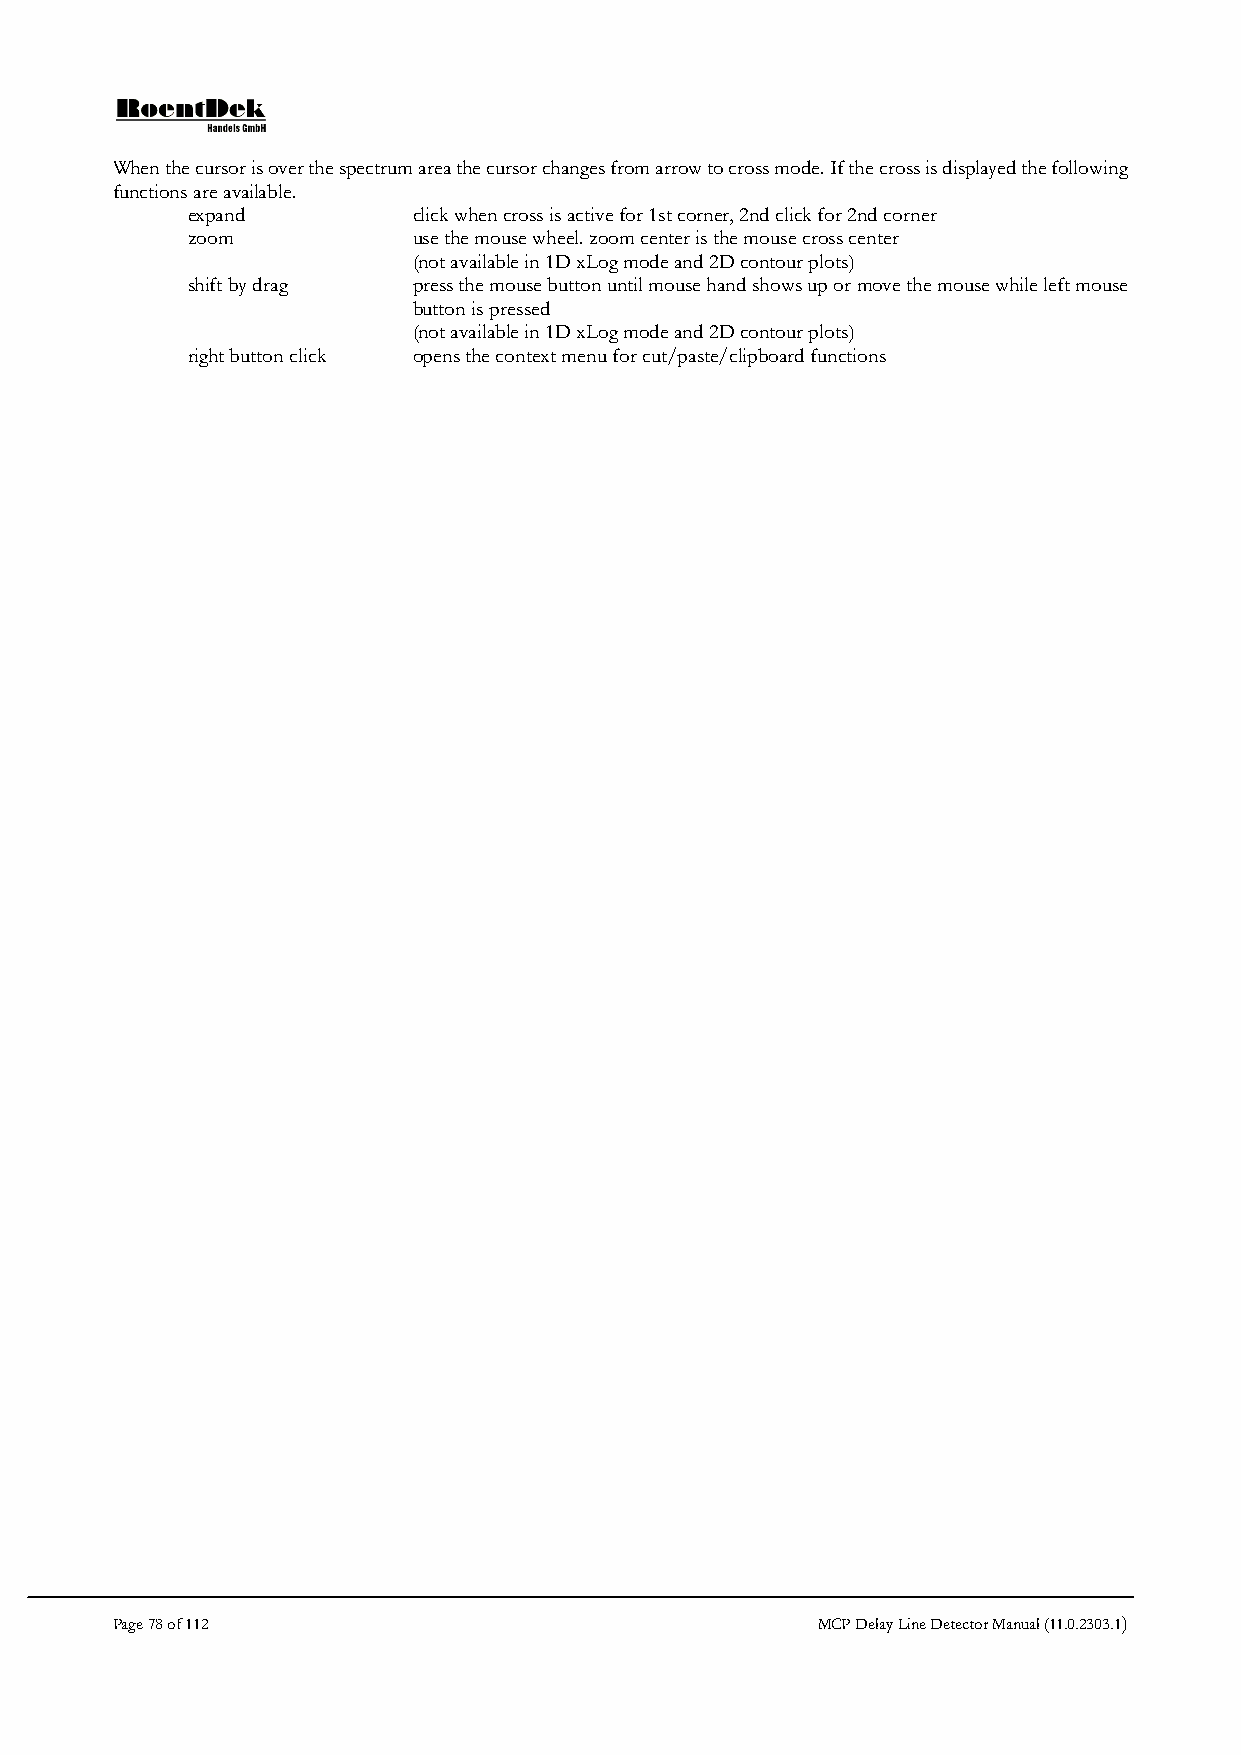
When the cursor is over the spectrum area the cursor changes from arrow to cross mode. If the cross is displayed the following
 functions are available.
 expand         click when cross is active for 1st corner, 2nd click for 2nd corner
 zoom           use the mouse wheel. zoom center is the mouse cross center
 (not available in 1D xLog mode and 2D contour plots)
 shift by drag  press the mouse button until mouse hand shows up or move the mouse while left mouse
 button is pressed
 (not available in 1D xLog mode and 2D contour plots)
 right button click opens the context menu for cut/paste/clipboard functions
 Page 78 of 112                                 MCP Delay Line Detector Manual (11.0.2303.1)